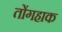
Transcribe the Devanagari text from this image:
तोंगहाक